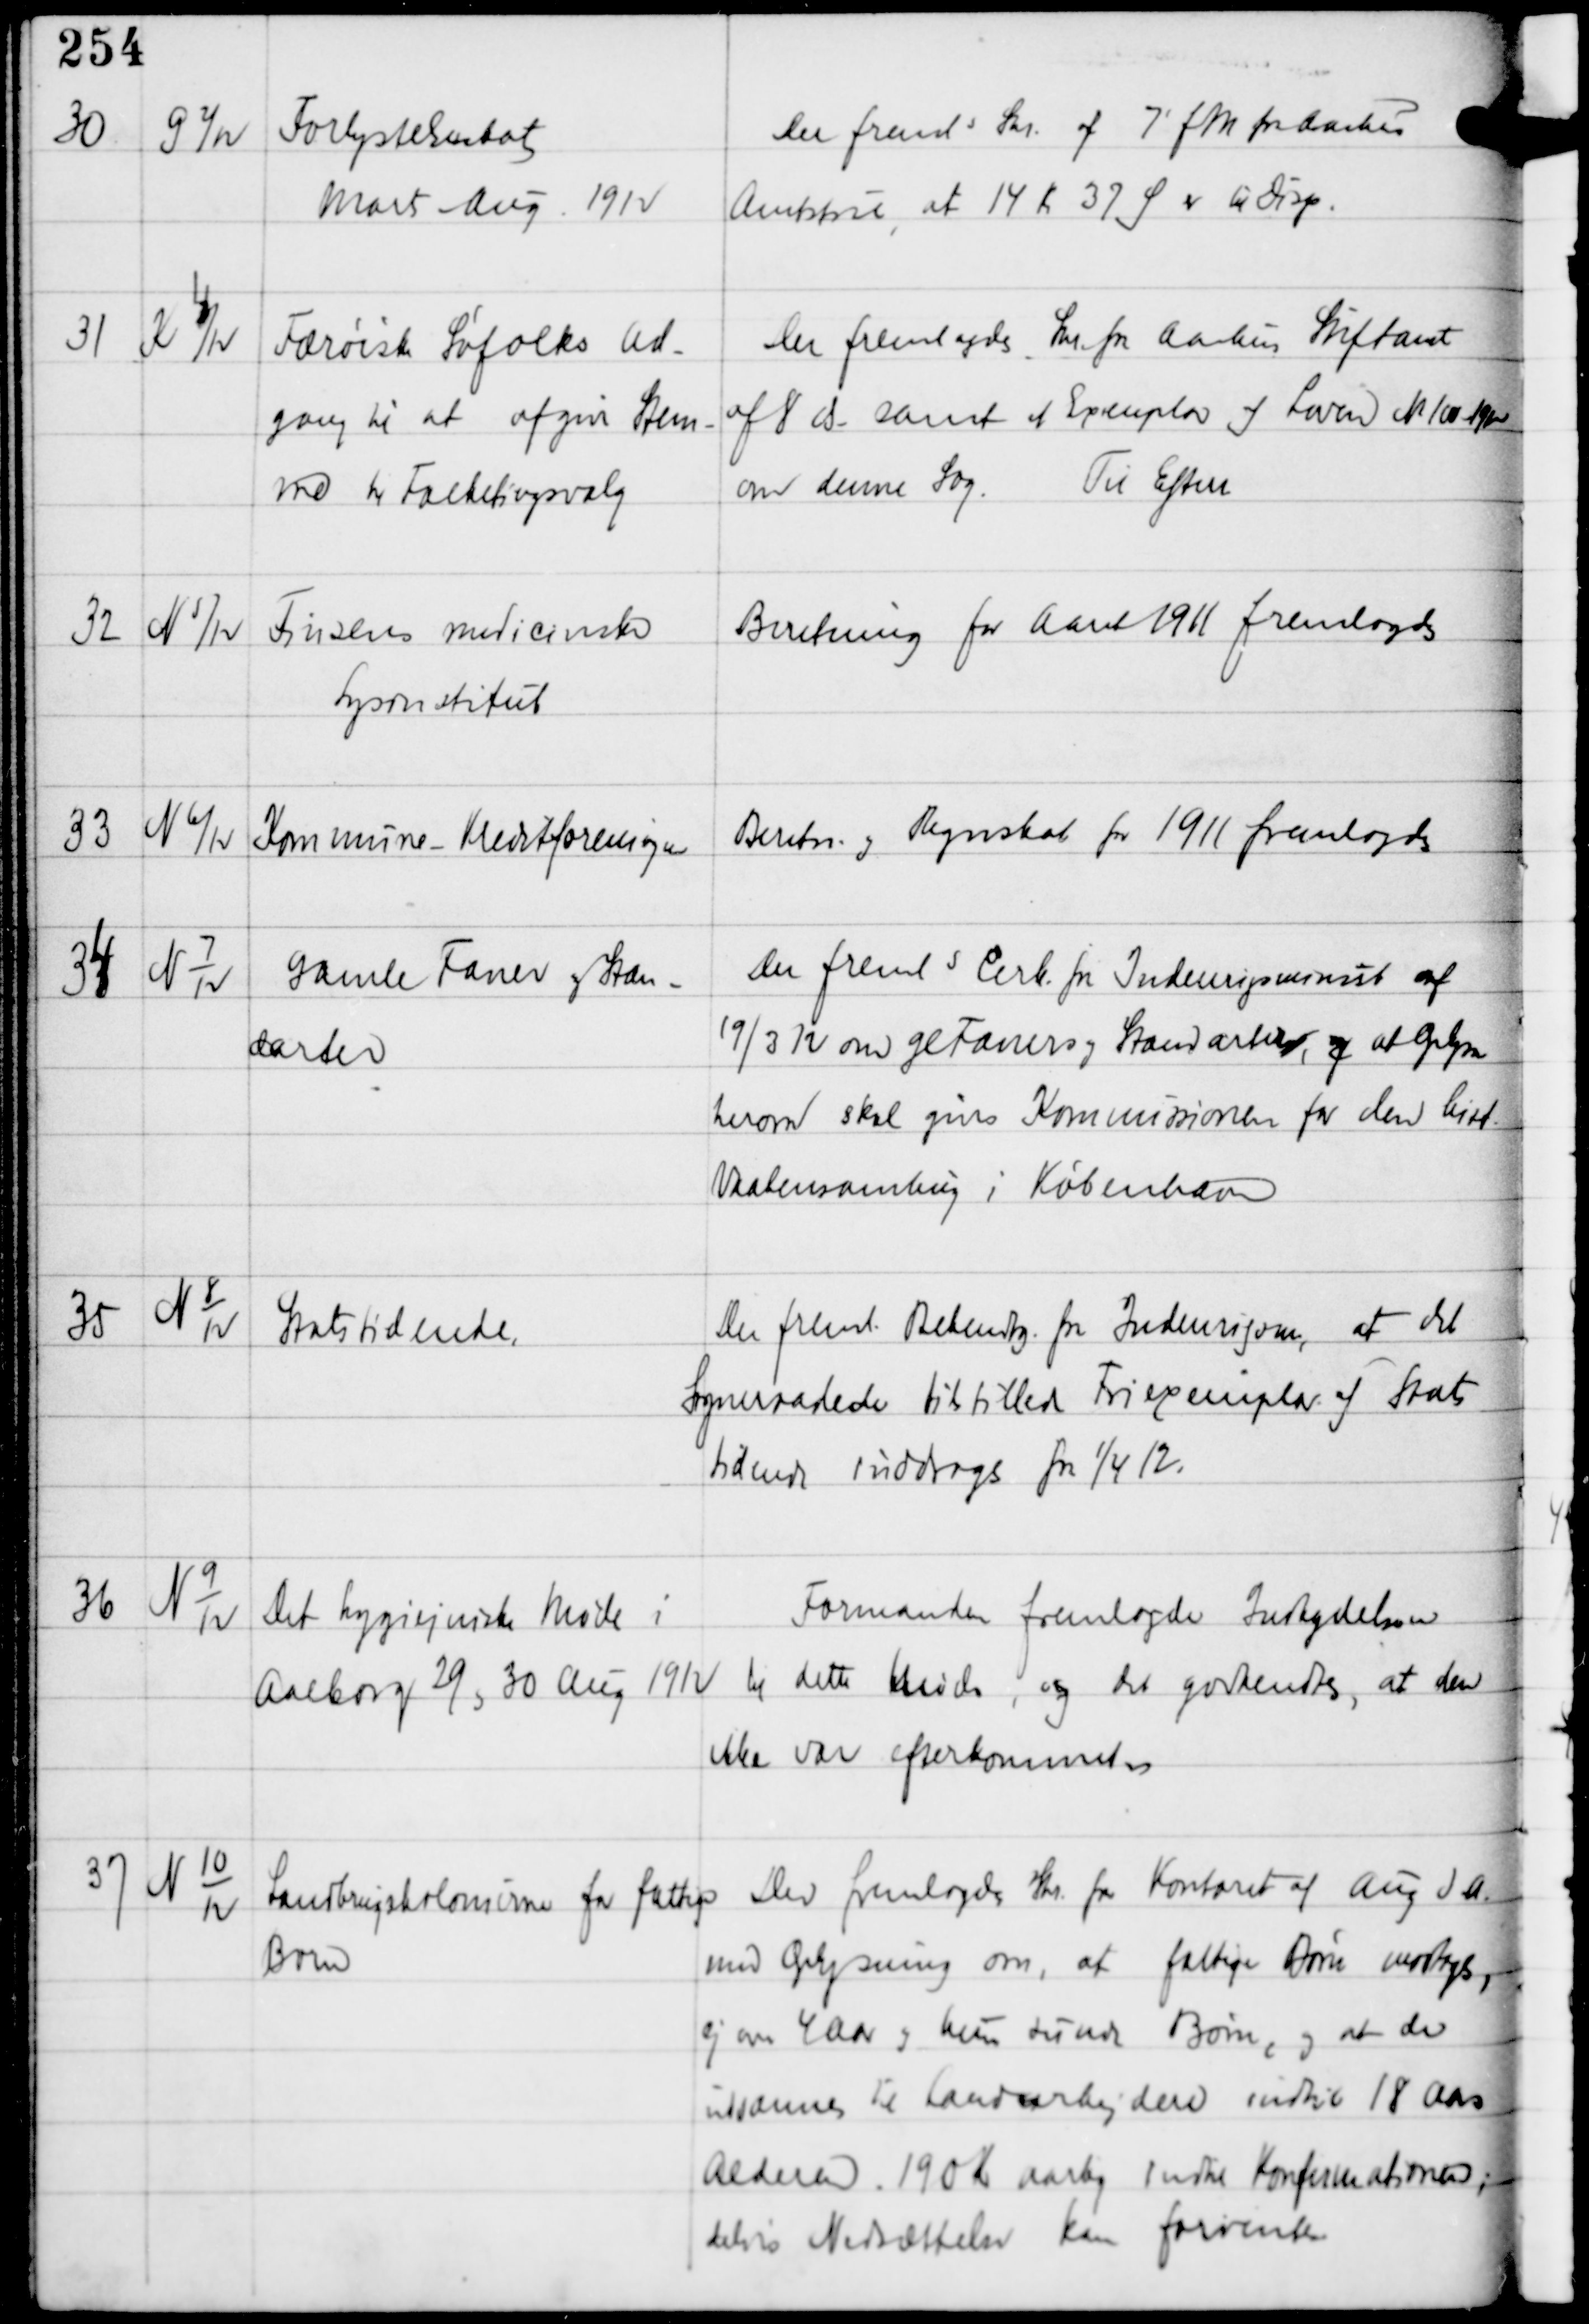
Transskription:
30

G 2/12

Forlystelsesskat
Marts - Aug 1912

Der fremls Skr af 7' fM fra Aarhus
Amtstue, at 14 Kr 37 Ø er til disp.

31

K 4
/12

Færøisk Søfolks Ad-
gang til at afgive Stem-
me til Folketingsvalg

Der fremlagdes Skr fra Aarhus Stiftamt
af 8 ds samt et Exemplar af Loven Nr 100-192
om denne Sag.
Til Efterr

32

N 5/12

Finsens medicinske
Lysinstitut

Beretning for Aaret 1911 fremlagdes

33

N 6/12

Kommune - Kreditforeningen

Beretn og Regnskab for 1911 fremlagdes

34

N 7
12

Gamle Faner og Stan-
darter

Der fremls Cirk fra Indenrigsminist af
19/3 12 om gl Faners og Standarters, og at Oplysn
herom skal gives Kommissionen for den hist
Vaabensamling i København

35

N 8
12

Statstidende

Der freml Bekendtg fra Indenrigsm at det
Sogneraadet tilstillede Friexemplar af Stats-
tidende inddrages for 1/4 12.

36

N 9
12

Det hygiejniske Møde i
Aalborg 29 og 30 Aug 1912

Formanden fremlagde Indbydelsen
til dette Møde, og det godkendtes, at den
ikke var efterkommet. -

37

N 10
12

Landbrugskolonierne for fattige
Børn

Der fremlagdes Skr fra Kontoret af Aug d.A.
med Oplysning om, at fattige Børn medtoges,
ej over 4 Aar og kun sunde Børn, og at der
indsamles til Landarbejdere indtil 18 Aars
Alderen 190 Kr aarlig indtil Konfirmationen,
delvis Nedsættelse kan forventes